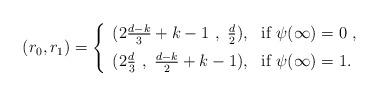
LaTeX: \begin{align*}( r_0 , r_1 ) =\left\{ \begin{array}{ll}( 2\frac{d-k}{3} + k - 1 \ , \ \frac{d}{2}) , &\mbox{if} \ \psi ( \infty ) = 0 \ , \\ [2mm](2\frac{d}{3} \ , \ \frac{d-k}{2} + k - 1 ) , &\mbox{if} \ \psi ( \infty ) = 1 .\end{array}\right.\end{align*}